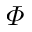
\varPhi